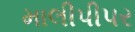
માલીપીપર